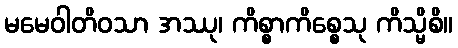
မမေဝါတိဝသာ အဿု၊ ကိစ္စာကိစ္စေသု ကိသ္မိစိ။